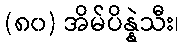
(၈၀) အိမ်ပိန္နဲသီး၊